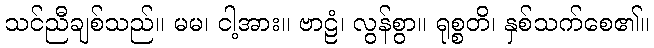
သင်ညီချစ်သည်။ မမ၊ ငါ့အား။ ဗာဠံ၊ လွန်စွာ။ ရုစ္စတိ၊ နှစ်သက်စေ၏။